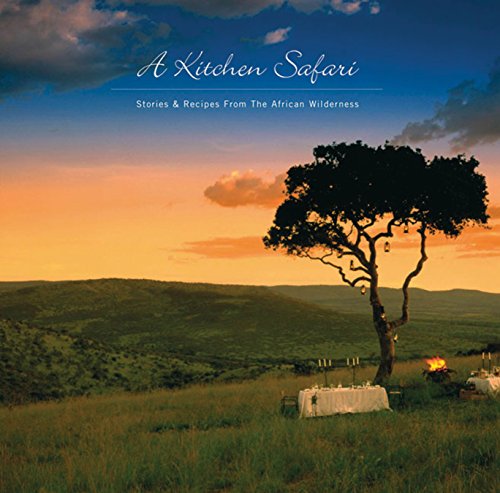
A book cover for A Kitchen Safari: New Edition; Yvonne Short; Cookbooks, Food & Wine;